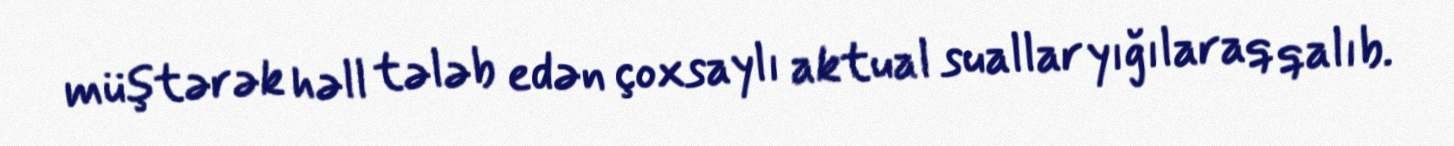
müştərək həll tələb edən çoxsaylı aktual suallar yığılaraq qalıb.